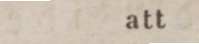
att